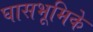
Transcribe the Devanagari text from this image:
घासभूमिके